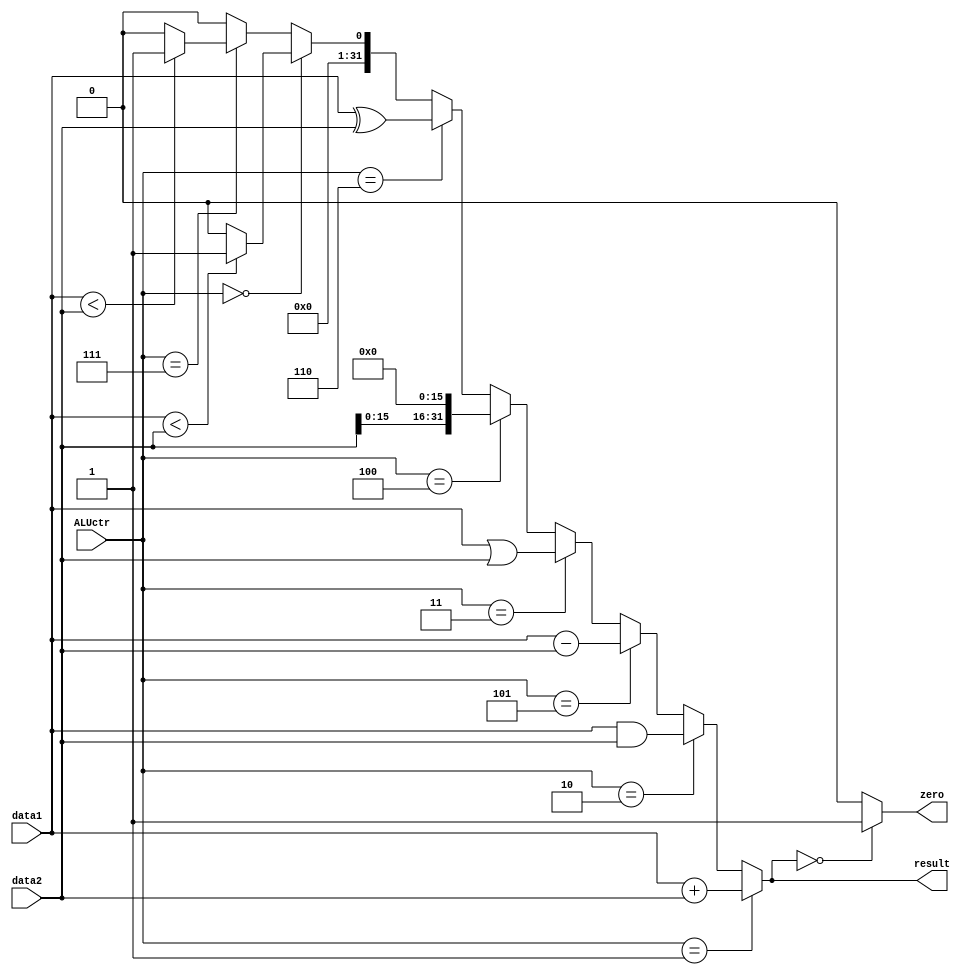
`timescale 1ns / 1ps
//////////////////////////////////////////////////////////////////////////////////
// Company: 
// Engineer: 
// 
// Design Name: 
// Module Name: ALU
// Project Name: 
// Target Devices: 
// Tool Versions: 
// Description: 
// 
// Dependencies: 
// 
// Revision:
// Revision 0.01 - File Created
// Additional Comments:
// 
//////////////////////////////////////////////////////////////////////////////////



module ALU(
    input   [31:0]data1,
    input   [31:0]data2,
    input   [2:0]ALUctr,
    output  [31:0]result,
    output  zero
    );
    
    wire signed [31:0] a = data1;
    wire signed [31:0] b = data2;
    assign result = (ALUctr==3'b001) ? data1 + data2 :
                    (ALUctr==3'b010) ? data1 & data2 :
                    (ALUctr==3'b101) ? data1 - data2 :
                    (ALUctr==3'b011) ? data1 | data2 :
                    (ALUctr==3'b100) ? {data2[15:0],16'b0} :
                    (ALUctr==3'b110) ? data1^data2 :
                    (ALUctr==3'b000) ? ((data1 < data2) ? 32'b1 : 32'b0) :
                    (ALUctr==3'b111) ? ((a < b) ? 32'b1 : 32'b0) : 32'b0;
    
    assign zero = (result == 32'b0) ? 1'b1 : 1'b0;

endmodule